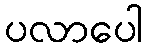
ပလာပေါ